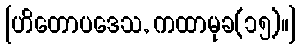
[ဟိတောပဒေသ, ကထာမုခ(၁၅)။]